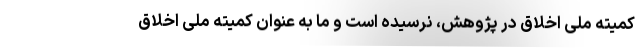
کمیته ملی اخلاق در پژوهش، نرسیده است و ما به عنوان کمیته ملی اخلاق